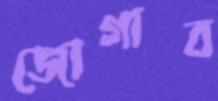
জোগাব